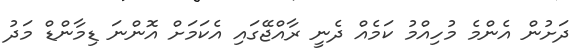
ދަށުން އެންމެ މުހިއްމު ކަމެއް ދެނީ ރާއްޖޭގައި އެކަމަށް އޮންނަ ޑިމާންޑް މަދު